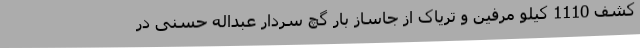
کشف 1110 کیلو مرفین و تریاک از جاساز بار گچ سردار عبداله حسنی در